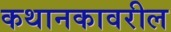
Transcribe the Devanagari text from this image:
कथानकावरील